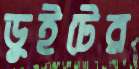
ডুইটের